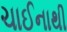
ચાઈનાથી